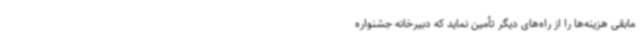
مابقی هزینه‌ها را از راه‌های دیگر تأمین نماید که دبیرخانه جشنواره